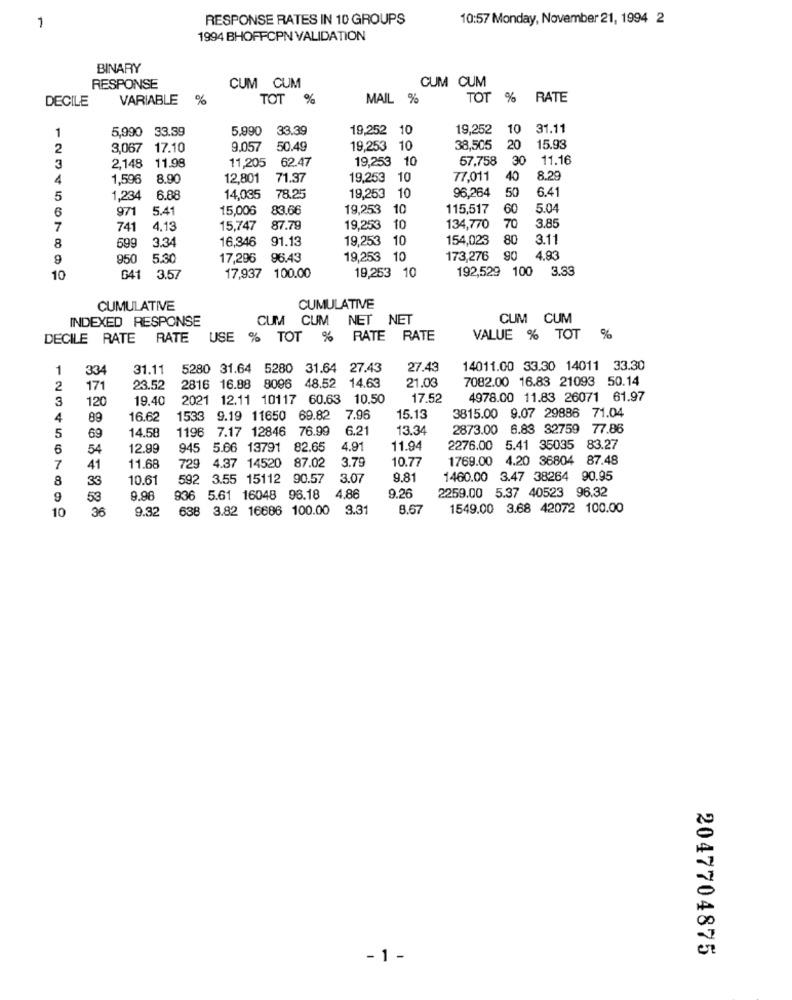
RESPONSE RATES IN 10 GROUPS
10:57 Monday, November 21, 1994 2
1
1994 BHOFFCPN VALIDATION
BINARY
CUM CUM
RESPONSE
CUM CUM
DECILE
VARIABLE
%
TOT %
MAIL %
TOT % RATE
1
5,990 33.39
5.990
33.39
19,252 10
19,252
10
31.11
2
3,067
17.10
9.057
50.49
19,253 10
38,505
20
15.93
11.98
11,205 62.47
19,253 10
57,758
30
11.16
3
2,148
4
1,596
8.90
12,801
71.37
19,253 10
77,011
40
8.2
96,264
6.4
5
1,234
6.88
14,035
78.25
19,253
10
50
6
971
5.41
15,006
83.66
19,253
10
115,517
60
5.04
3.85
7
741
4.13
15,747
87.79
19,253
10
134,770
70
699
334
16,346
91.13
19,253
10
154,023
80
3.11
8
9
950
5.30
17,296 96.43
19,253
10
173,276
90
4.93
19,253 10
192,529 100
3.33
10
G41
3.57
17,937 100.00
CUMULATIVE
CUMULATIVE
INDEXED RESPONSE
CUM CUM NET NET
CUM CUM
DECILE RATE RATE
USE
% TOT
%
RATE RATE
VALUE % TOT 9
1
334
31.11
5280 31.64
5280 31.64 27.43
27.43
14011.00 33.30 14011 33.30
8096 48.52
14.63
21.03
7082.00 16.83 21093 50.14
2
171
23.52
2816 16.88
3
120
19,40
2021 12.11 10117 60.63 10.50
17.52
4978.00 11.83 26071 61.97
3815.00 9.07 29886 71.04
4
89
16.62
1533
9.19 11650 69.82
7.96
15.13
69
14.58
1196 7.17 12846 76.99
6.21
13.34
2873.00 6.83 32759 77.86
5
6
54
12.99
945 5.66 13791 82.65
4.91
11.94
2276.00
5.41 35035 83.27
11.68
4.37 14520 87.02
3.79
10.77
1769.00
4.20 36804 87.48
7
41
729
8
33
10.61
592 3.55 15112 90.57
3.07
9.81
1460.00 3.47 38264 90.95
2259.00 5.37 40523 96.32
9
53
9.98
936 5.61 16048 96.18
4,86
10
36
9.32
638 3.82 16686 100.00 3.31
8.67
1549.00 3.68 42072 100.00
2047704875
- 1 -